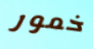
خمور